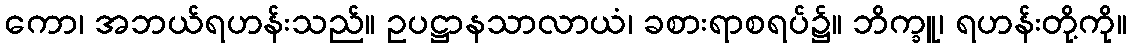
ကော၊ အဘယ်ရဟန်းသည်။ ဥပဋ္ဌာနသာလာယံ၊ ခစားရာစရပ်၌။ ဘိက္ခူ၊ ရဟန်းတို့ကို။